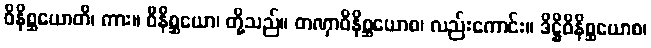
ဝိနိစ္ဆယောတိ၊ ကား။ ဝိနိစ္ဆယော၊ တို့သည်။ တဏှာဝိနိစ္ဆယောစ၊ လည်းကောင်း။ ဒိဋ္ဌိဝိနိစ္ဆယောစ၊